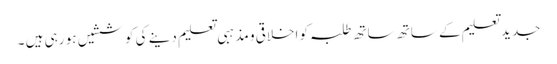
جدید تعلیم کے ساتھ ساتھ طلبہ کو اخلاقی و مذہبی تعلیم دینے کی کوششیں ہو رہی ہیں ۔